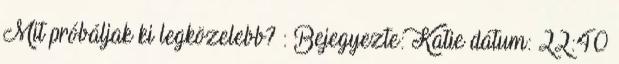
Mit próbáljak ki legközelebb? : Bejegyezte: Katie dátum: 22:40